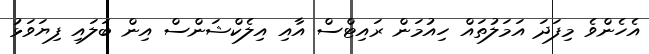
އެެހެންވެ މިފަދަ އަމަލުތައް ހިއުމަން ރައިޓްސް އާއި އިލެކްޝަންސް އިން ބަލައި ފިޔަވަޅު